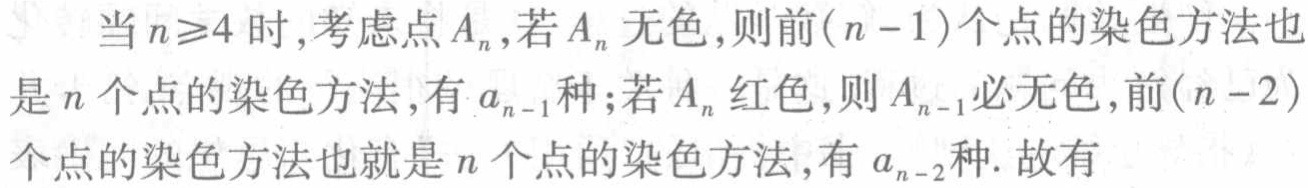
当 \(n\geq4\) 时,考虑点 \(A_{n}\),若 \(A_{n}\) 无色,则前\((n - 1)\)个点的染色方法也是 \(n\) 个点的染色方法,有 \(a_{n - 1}\)种;若 \(A_{n}\) 红色,则 \(A_{n - 1}\)必无色,前\((n - 2)\)个点的染色方法也就是 \(n\) 个点的染色方法,有 \(a_{n - 2}\)种. 故有